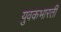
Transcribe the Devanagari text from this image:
युवकभारती